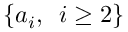
\{ a _ { i } , \enspace i \geq 2 \}